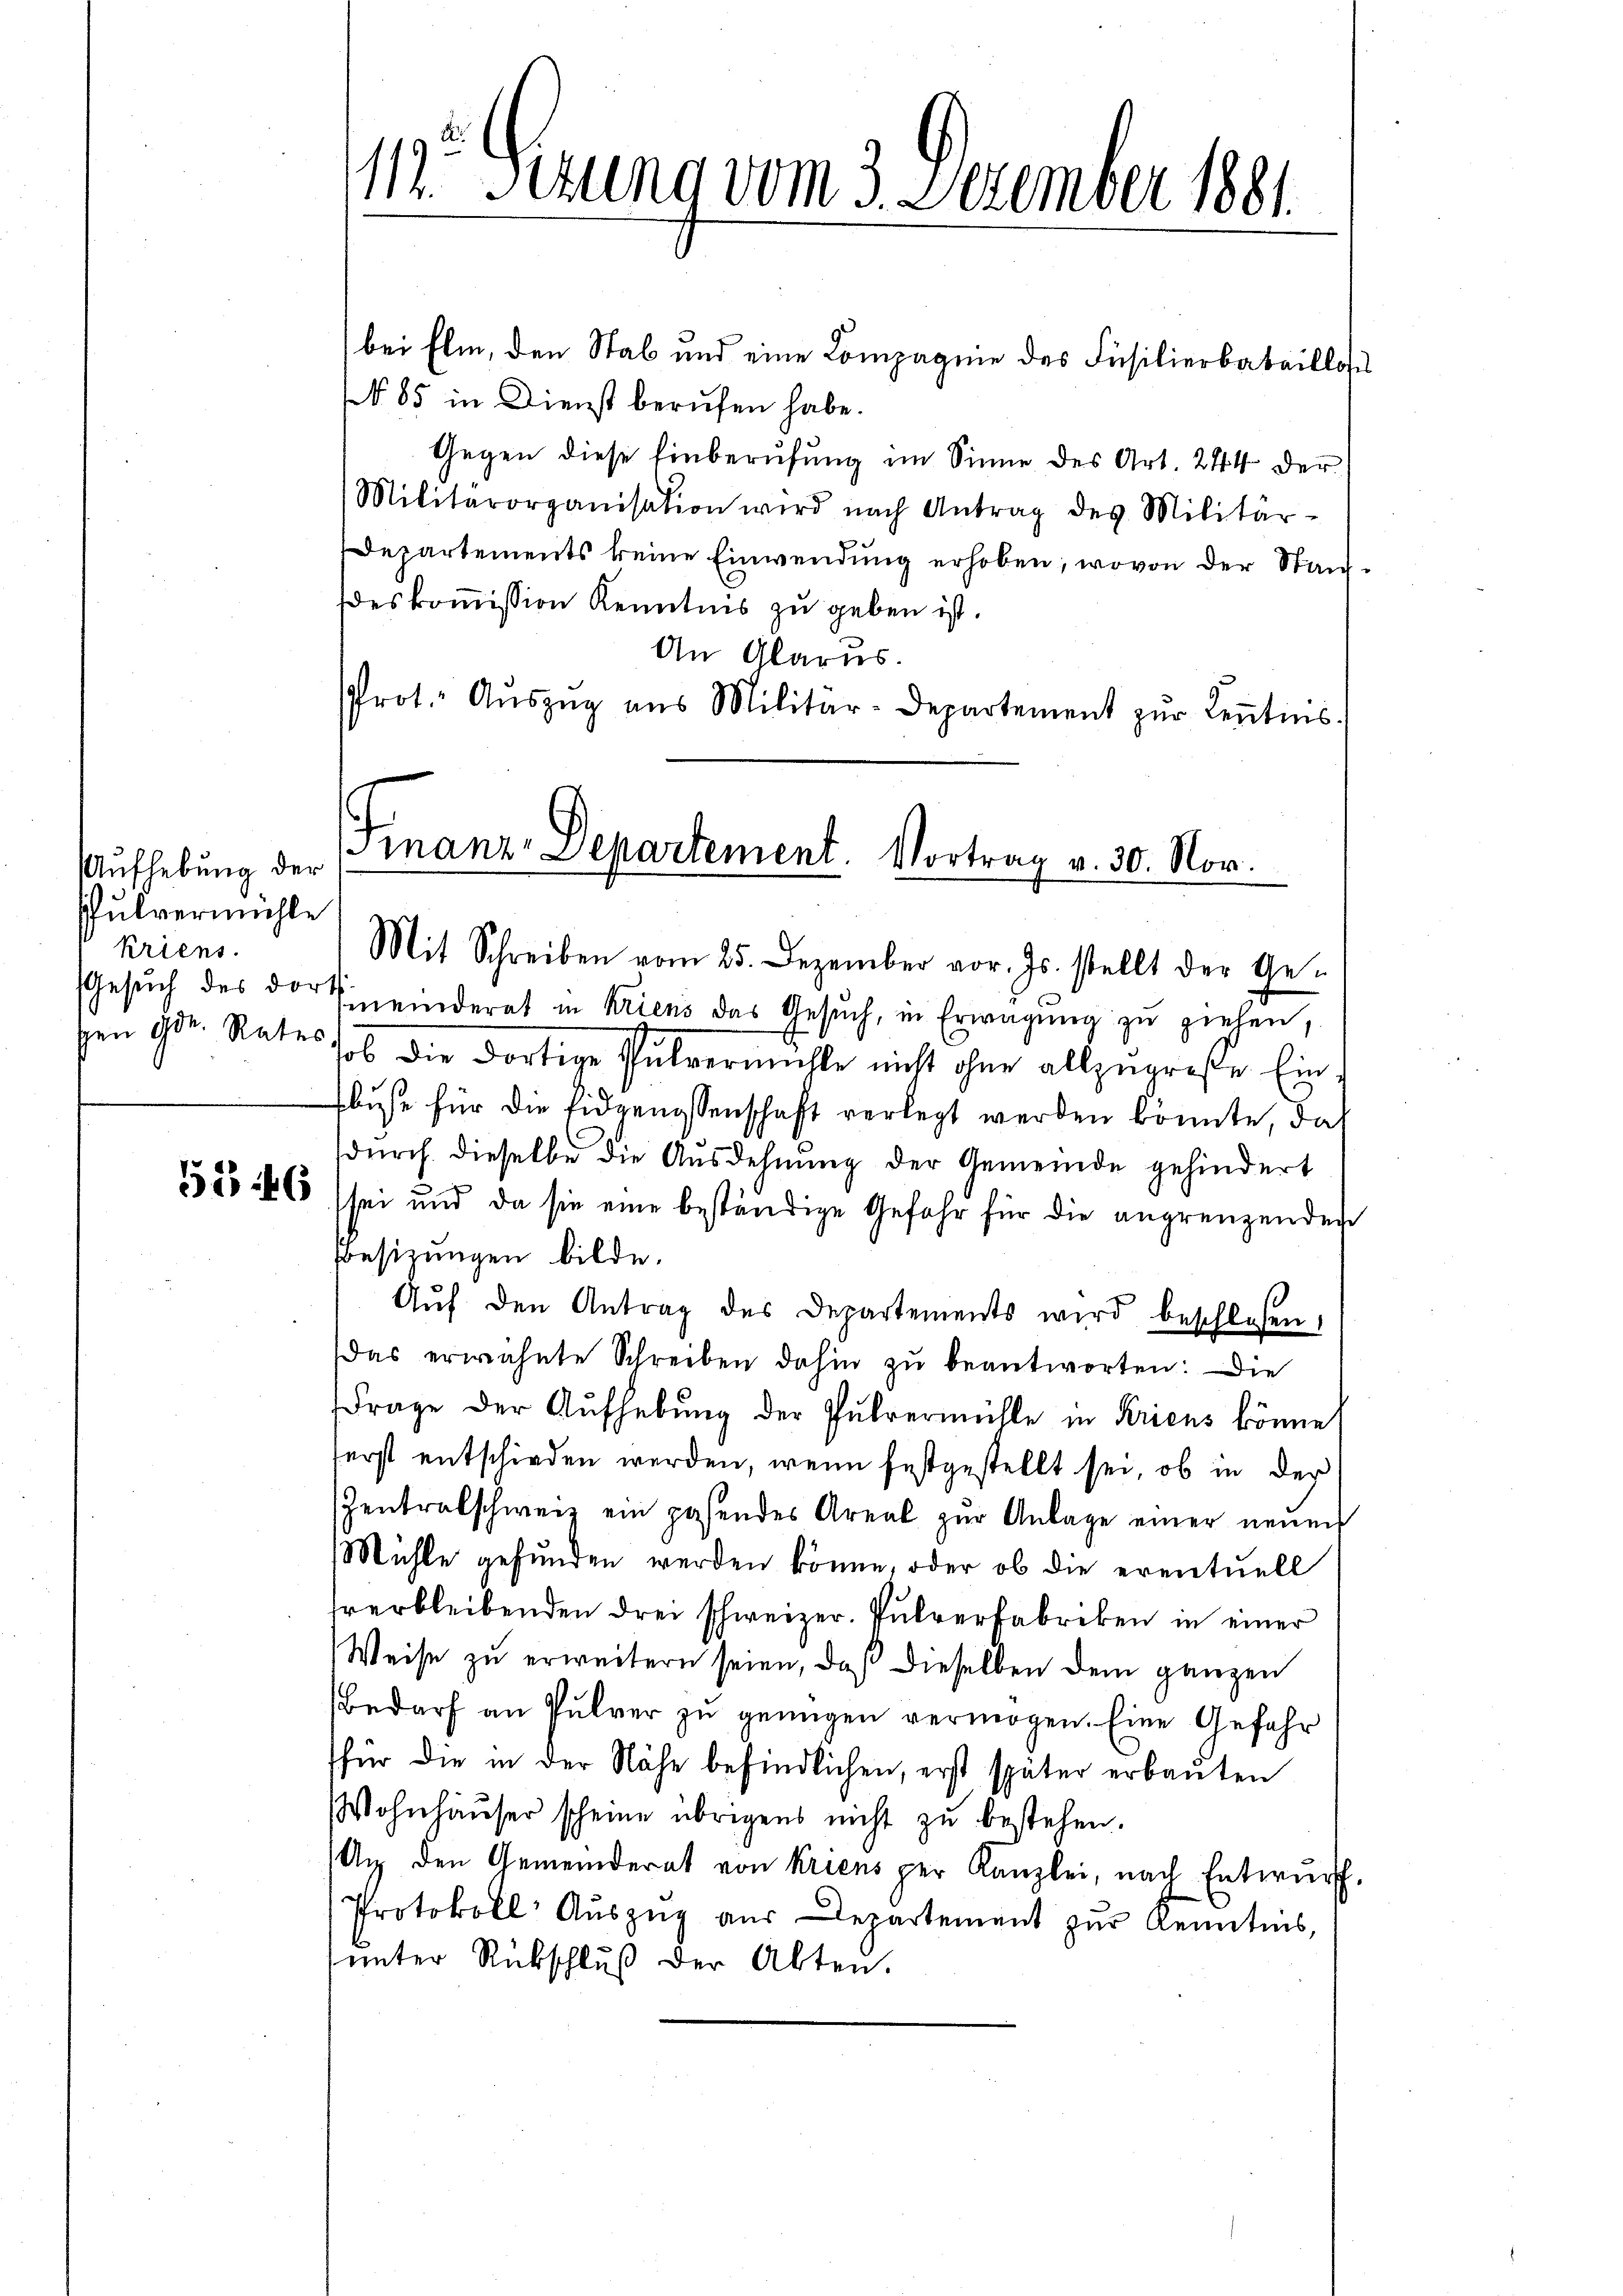
Aufhebung der
schulvermühle
kriens.
gen Gr. Rates

11. Sizung vom 3. Dezember 1881.

bei Elm, den Stab und eine Compagnie des Füsilierbatailloses
No 85 in Dienst berufen habe.
Gegen diese Einberufung im Sinne des Art. 244 der
Militärorganisation wird nach Antrag des Militär-
Departements keine Einwendung erhoben; wovon der Staufdeskommission Kenntnis zu geben ist.
An Glarus.
Prot. Aŭszŭg ans Militär-Departement zŭr Keṅtnis.

Finanz-Departement. Vortrag v. 30. Nov.

Mit Schreiben vom 25. Dezember vor. Js. stellt der Ge-
Gesŭch des dortienderat in Kriens das Gesŭch, in Erwägŭng zŭ ziehen,
sob die dortige Pulvermühle nicht ohne allzugroße Einbuse für die Eidgenossenschaft verlegt werden könnte, daß
durch dieselbe die Ausdehnung der Gemeinde gehindert
55856 sei und da sie eine beständige Gefahr für die angrenzenden
Besitzungen bilde.
Aŭf den Antrag des Departements wird beschlossen,
Das erwähnte Schreiben dahin zu beantworten: Die
Frage der Aŭfhebung der Fuhrermühle in Kriens könne
ferst entschieden werden, wenn festgestellt sei, ob in der
Zentralschweiz ein pasendes Areal zur Anlage einer neuen
Mühle gefunden werden könne, oder ob die eventuell
hrerbleibenden drei schweizer. Pulverfabriken in einer
Weise zu erweitern seien, daß dieselben dem ganzen
Bedarf an Pulver zŭ genügen vermögen. Eine Gefahr
für die in der Nähe befindlichen, erst später erbauten
Wohnhäŭser scheine übrigens nicht zŭ bestehen.
An den Gemeinderat von Kriens per Kanzlei, nach Entwurf.
Protokoll Aŭszŭg aŭs Departement zŭr Kenntnis,
sunter Rückschluß der Akten.